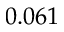
0 . 0 6 1